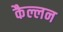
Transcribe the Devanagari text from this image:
कैल्लन